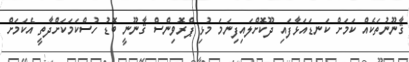
ޤާނޫނުތަކެއް ކަމަށް ކަނޑައަޅާފައި ދޫކޮށްލައިފިނަމަ މުޅި ޕްރޮވިންސް ޤާނޫނީ ބޮޑު ހުސްކަމަކަށްދާތީ އެކަމަށް